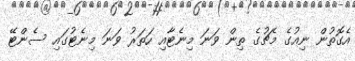
އެގޮތުން ނިއުގެ މެޗުގެ ތިން ވަނަ މިނެޓާއި ހަތަރު ވަނަ މިނެޓުގައި ސެންޓޭ